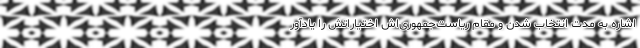
اشاره به مدت انتخاب شدن و مقام ریاست‌جمهوری‌اش اختیاراتش را یادآور